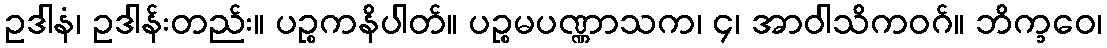
ဥဒါနံ၊ ဥဒါန်းတည်း။ ပဉ္စကနိပါတ်။ ပဉ္စမပဏ္ဏာသက၊ ၄၊ အာဝါသိကဝဂ်။ ဘိက္ခဝေ၊